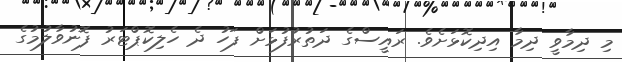
މި ދިމާވީ ދިމާ އިދިކޮޅަށެވެ. ރައީސްގެ ދަތުރުފުޅަށް ފަހު ދެ ހެލިކޮޕްޓަރު ފޮނުވާލުމުގެ